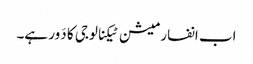
اب انفارمیشن ٹیکنالوجی کا دَور ہے۔